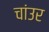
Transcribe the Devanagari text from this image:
चांउर